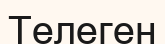
Телеген